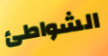
الشواطئ